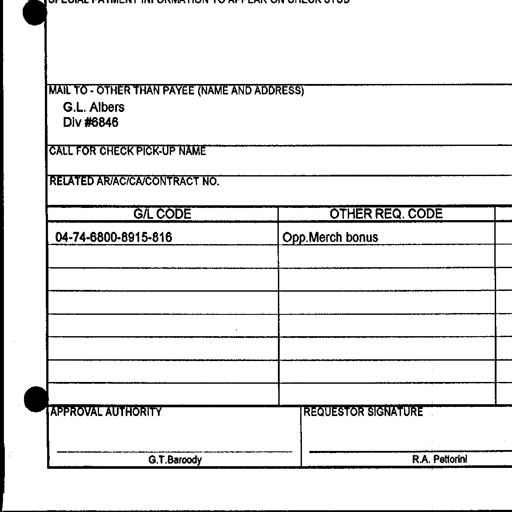
SPECIAL PAYMENT INFORMATION TO APPEAR ON CHECK STUB
MAIL TO - OTHER THAN PAYEE (NAME AND ADDRESS)
G.L. Albers
Div #6846
CALL FOR CHECK PICK-UP NAME
RELATED AR/AC/CA/CONTRACT NO.
G/L CODE OTHER REQ. CODE
04-74-6800-8915-816 Opp. Merch bonus
APPROVAL AUTHORITY REQUESTOR SIGNATURE
__________________________________________________ __________________________________________________
G.T.Baroody R.A. Pettorini